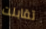
تقابلت